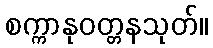
စက္ကာနုဝတ္တနသုတ်။